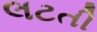
લટતી